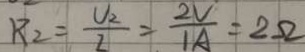
R _ { 2 } = \frac { V _ { 2 } } { I } = \frac { 2 V } { 1 A } = 2 \Omega